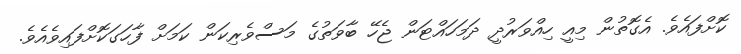
ކޮށްފައެވެ. އެގޮތުން މިއީ ހިއްވަރުދީ ދަމަހައްޓަން ޖެހޭ ބާވަތުގެ މަސްވެރިކަން ކަމަށް ފާހަގަކޮށްފައިވެއެވެ.